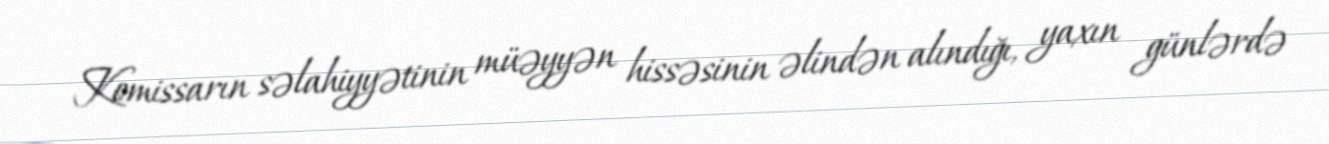
Komissarın səlahiyyətinin müəyyən hissəsinin əlindən alındığı, yaxın günlərdə